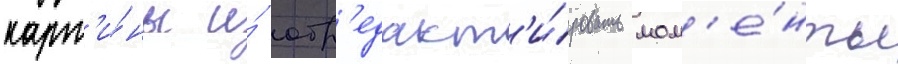
карт'и́ны и́ отр'едакт'и́ровать мом'е́нты